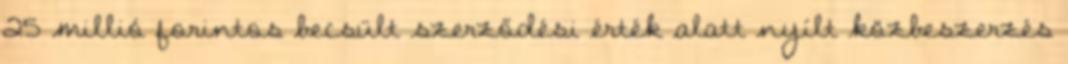
25 millió forintos becsült szerződési érték alatt nyílt közbeszerzés